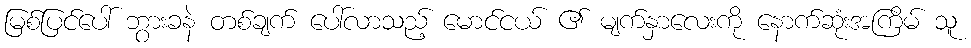
မြစ်ပြင်ပေါ် ဘွားခနဲ တစ်ချက် ပေါ်လာသည့် မောင်ငယ် ၏ မျက်နှာလေးကို နောက်ဆုံးအကြိမ် သူ